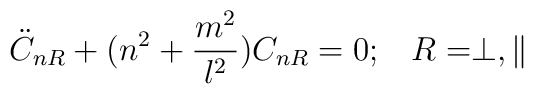
\ddot{C}_{nR}+(n^2+\frac{m^2}{l^2})C_{nR}=0;\;\;\;R=\perp,\parallel